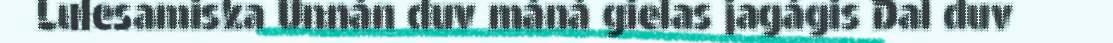
Lulesamiska Unnán duv máná gielas jagágis Dal duv